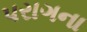
પરાગના